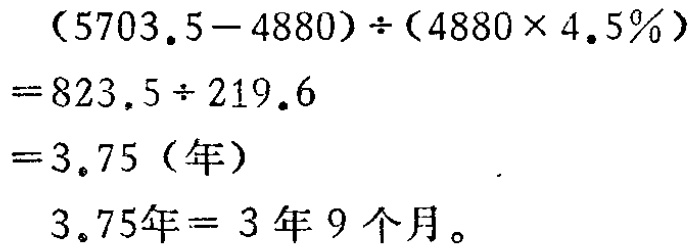
\[

\begin{align*}

&(5703.5 - 4880)\div(4880\times4.5\%)\\

=&823.5\div219.6\\

=&3.75(\text{年})\\

\end{align*}

\]

\(3.75\text{年} = 3\text{ 年 }9\text{ 个月}。\)